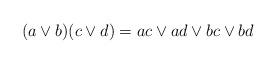
LaTeX: \begin{align*}(a\vee b)(c\vee d)=ac\vee ad\vee bc\vee bd\end{align*}